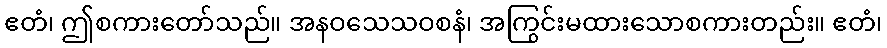
ဧတံ၊ ဤစကားတော်သည်။ အနဝသေသဝစနံ၊ အကြွင်းမထားသောစကားတည်း။ ဧတံ၊